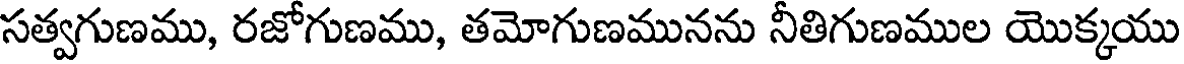
సత్వగుణము, రజోగుణము, తమోగుణమునను నీతిగుణముల యొక్కయు